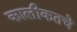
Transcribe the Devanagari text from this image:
कालीकतचे